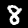
Label: 8